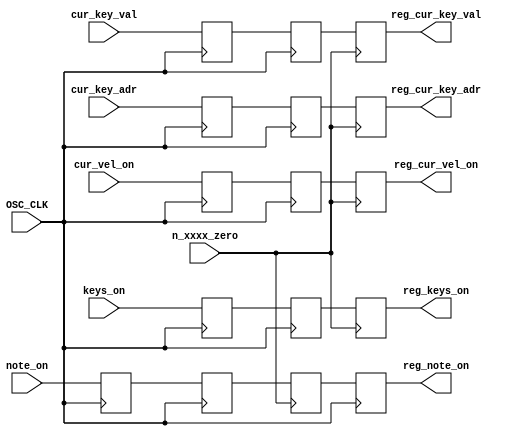
module note_key_vel_sync(
input						n_xxxx_zero,
input						OSC_CLK,
input						note_on,
input	[V_WIDTH-1:0]	cur_key_adr,
input	[7:0]				cur_key_val,
input	[7:0]				cur_vel_on,
input [VOICES-1:0]	keys_on,
output reg 						reg_note_on,
output reg [V_WIDTH-1:0]	reg_cur_key_adr,
output reg [7:0]				reg_cur_key_val,
output reg [7:0]				reg_cur_vel_on,	
output reg [VOICES-1:0]		reg_keys_on
);

parameter VOICES	= 8;
parameter V_WIDTH	= 3;
	
reg 						note_on_r[1:0];
reg [V_WIDTH-1:0]		cur_key_adr_r[1:0];
reg [7:0]				cur_key_val_r[1:0];
reg [7:0]				cur_vel_on_r[1:0];	
reg [VOICES-1:0]		keys_on_r[1:0];
reg						r_note_on;
	always @(posedge OSC_CLK)begin
			note_on_r[0]		<= note_on;
			note_on_r[1]		<= note_on_r[0];
			cur_key_adr_r[0]	<= cur_key_adr;
			cur_key_adr_r[1]	<= cur_key_adr_r[0];
			cur_key_val_r[0]	<= cur_key_val;
			cur_key_val_r[1]	<= cur_key_val_r[0];
			cur_vel_on_r[0]	<= cur_vel_on;
			cur_vel_on_r[1]	<= cur_vel_on_r[0];
			keys_on_r[0]		<= keys_on;
			keys_on_r[1]		<= keys_on_r[0];
			reg_note_on <= r_note_on;
	end

	always @(negedge n_xxxx_zero)begin
		if(!n_xxxx_zero)begin
			r_note_on			<= note_on_r[1];
			reg_cur_key_adr	<= cur_key_adr_r[1];
			reg_cur_key_val	<= cur_key_val_r[1];
			reg_cur_vel_on		<= cur_vel_on_r[1];
			reg_keys_on			<= keys_on_r[1];
		end
	 end

endmodule